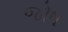
જોષ